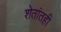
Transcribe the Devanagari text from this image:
शेतांतही